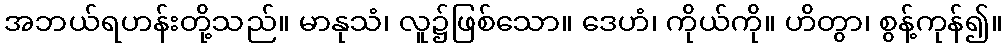
အဘယ်ရဟန်းတို့သည်။ မာနုသံ၊ လူ၌ဖြစ်သော။ ဒေဟံ၊ ကိုယ်ကို။ ဟိတွာ၊ စွန့်ကုန်၍။